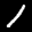
Label: 1